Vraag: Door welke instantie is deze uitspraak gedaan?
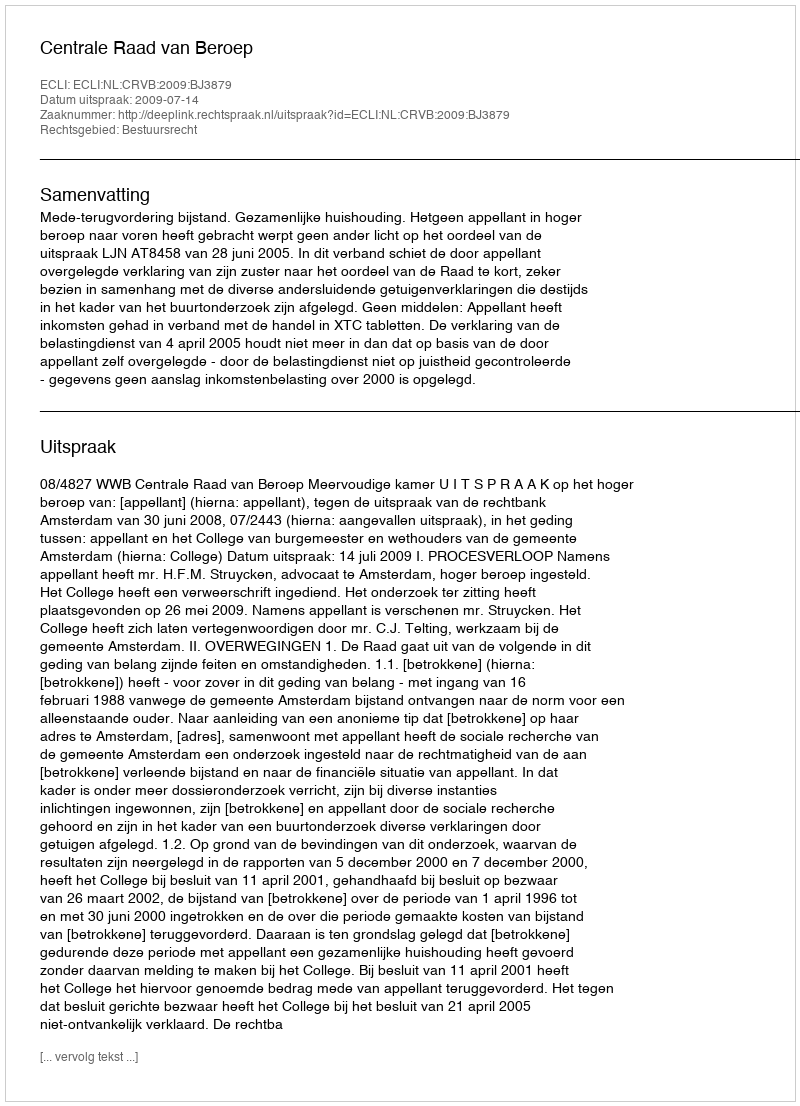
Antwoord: Centrale Raad van Beroep